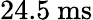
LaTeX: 24.5~\mathrm{ms}